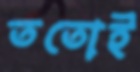
ততোই